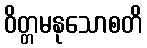
ဝိတ္တမနုသောစတိ